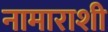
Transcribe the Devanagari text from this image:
नामाराशी